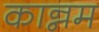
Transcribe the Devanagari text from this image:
कान्नम